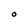
Character: O